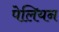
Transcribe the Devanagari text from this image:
पेलियन